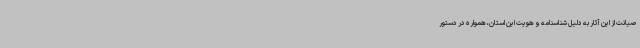
صیانت از این آثار به دلیل شناسنامه و هویت این استان، همواره در دستور